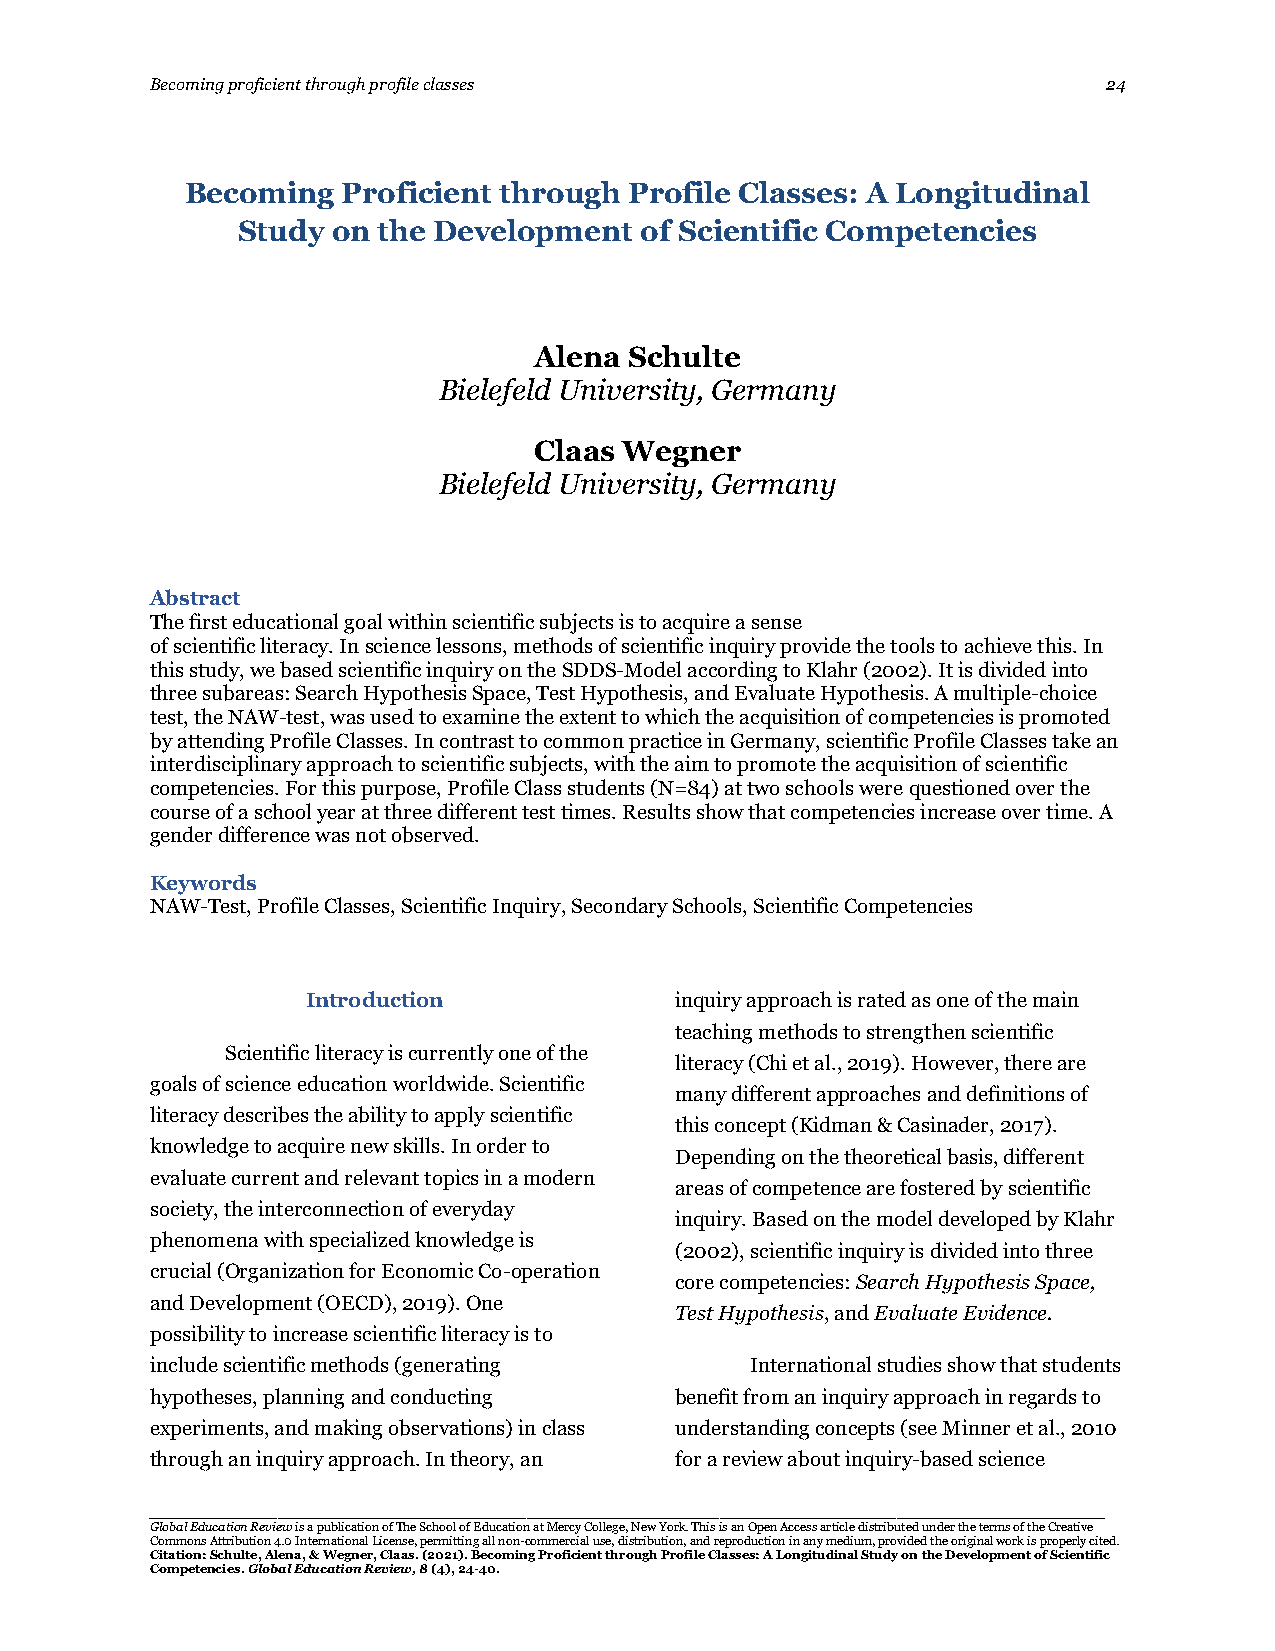
Becoming proficient through profile classes                    24
 Becoming   Proficient through Profile Classes: A Longitudinal
 Study on the Development  of Scientific Competencies
 Alena  Schulte
 Bielefeld University, Germany
 Claas Wegner
 Bielefeld University, Germany
 Abstract
 The first educational goal within scientific subjects is to acquire a sense
 of scientific literacy. In science lessons, methods of scientific inquiry provide the tools to achieve this. In
 this study, we based scientific inquiry on the SDDS-Model according to Klahr (2002). It is divided into
 three subareas: Search Hypothesis Space, Test Hypothesis, and Evaluate Hypothesis. A multiple-choice
 test, the NAW-test, was used to examine the extent to which the acquisition of competencies is promoted
 by attending Profile Classes. In contrast to common practice in Germany, scientific Profile Classes take an
 interdisciplinary approach to scientific subjects, with the aim to promote the acquisition of scientific
 competencies. For this purpose, Profile Class students (N=84) at two schools were questioned over the
 course of a school year at three different test times. Results show that competencies increase over time. A
 gender difference was not observed.
 Keywords
 NAW-Test, Profile Classes, Scientific Inquiry, Secondary Schools, Scientific Competencies
 Introduction             inquiry approach is rated as one of the main
 teaching methods to strengthen scientific
 Scientific literacy is currently one of the
 literacy (Chi et al., 2019). However, there are
 goals of science education worldwide. Scientific
 many different approaches and definitions of
 literacy describes the ability to apply scientific
 this concept (Kidman & Casinader, 2017).
 knowledge to acquire new skills. In order to
 Depending on the theoretical basis, different
 evaluate current and relevant topics in a modern
 areas of competence are fostered by scientific
 society, the interconnection of everyday
 inquiry. Based on the model developed by Klahr
 phenomena with specialized knowledge is
 (2002), scientific inquiry is divided into three
 crucial (Organization for Economic Co-operation
 core competencies: Search Hypothesis Space,
 and Development (OECD), 2019). One
 Test Hypothesis, and Evaluate Evidence.
 possibility to increase scientific literacy is to
 include scientific methods (generating  International studies show that students
 hypotheses, planning and conducting benefit from an inquiry approach in regards to
 experiments, and making observations) in class understanding concepts (see Minner et al., 2010
 through an inquiry approach. In theory, an for a review about inquiry-based science
 _______________________________________________________________________________________________________________________
 Global Education Review is a publication of The School of Education at Mercy College, New York. This is an Open Access article distributed under the terms of the Creative
 Commons Attribution 4.0 International License, permitting all non-commercial use, distribution, and reproduction in any medium, provided the original work is properly cited.
 Citation: Schulte, Alena, & Wegner, Claas. (2021). Becoming Proficient through Profile Classes: A Longitudinal Study on the Development of Scientific
 Competencies. Global Education Review, 8 (4), 24-40.